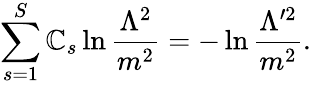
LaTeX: \sum_{s=1}^{S}\mathbb{C}_{s}\ln\frac{{\Lambda^{2}}}{{m^{2}}}=-\ln\frac{{\Lambda^{\prime2}}}{{m^{2}}}.